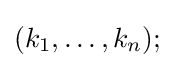
(k_{1},\ldots ,k_{n});